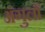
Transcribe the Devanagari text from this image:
अंगुलों